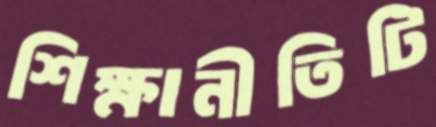
শিক্ষানীতিটি